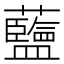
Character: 𫊗